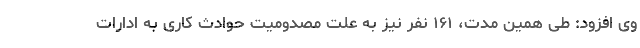
وی افزود: طی همین مدت، ۱۶۱ نفر نیز به علت مصدومیت حوادث کاری به ادارات